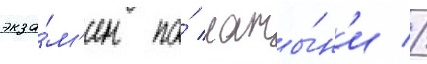
экза́м'ен по́ латы́н'и //